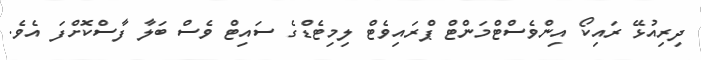
ދިރިއުޅޭ ރައިކޯ އިންވެސްޓްމަންޓް ޕްރައިވެޓް ލިމިޓެޑްގެ ސައިޓް ވެސް ބަލާ ފާސްކޮށްފަ އެވެ.